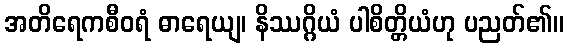
အတိရေကစီဝရံ ဓာရေယျ၊ နိဿဂ္ဂိယံ ပါစိတ္တိယံဟု ပညတ်၏။